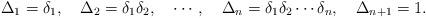
LaTeX: \begin{align*}\Delta_1 = \delta_1, \quad \Delta_2 = \delta_1 \delta_2, \quad \cdots, \quad \Delta_n = \delta_1 \delta_2 \cdots \delta_n, \quad \Delta_{n+1} = 1.\end{align*}